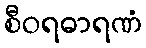
စီဝရဓာရဏံ